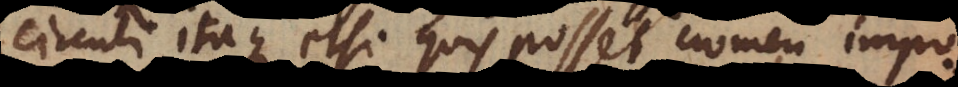
circuli, itaque etsi quis posset nomen impo